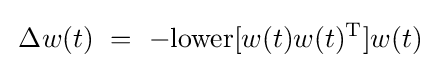
\,\Delta w(t)~=~-\mathrm {lower} [w(t)w(t)^{\mathrm {T} }]w(t)